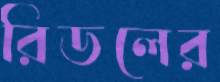
রিডলের